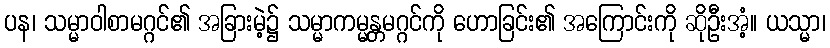
ပန၊ သမ္မာဝါစာမဂ္ဂင်၏ အခြားမဲ့၌ သမ္မာကမ္မန္တမဂ္ဂင်ကို ဟောခြင်း၏ အကြောင်းကို ဆိုဦးအံ့။ ယသ္မာ၊